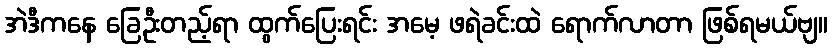
အဲဒီကနေ ခြေဦးတည့်ရာ ထွက်ပြေးရင်း အမေ့ ဖရဲခင်းထဲ ရောက်လာတာ ဖြစ်ရမယ်ဗျ။